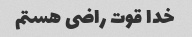
خدا قوت راضی هستم